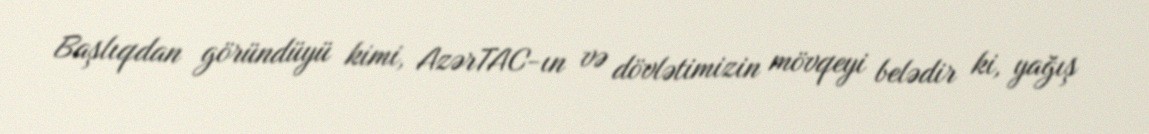
Başlıqdan göründüyü kimi, AzərTAC-ın və dövlətimizin mövqeyi belədir ki, yağış